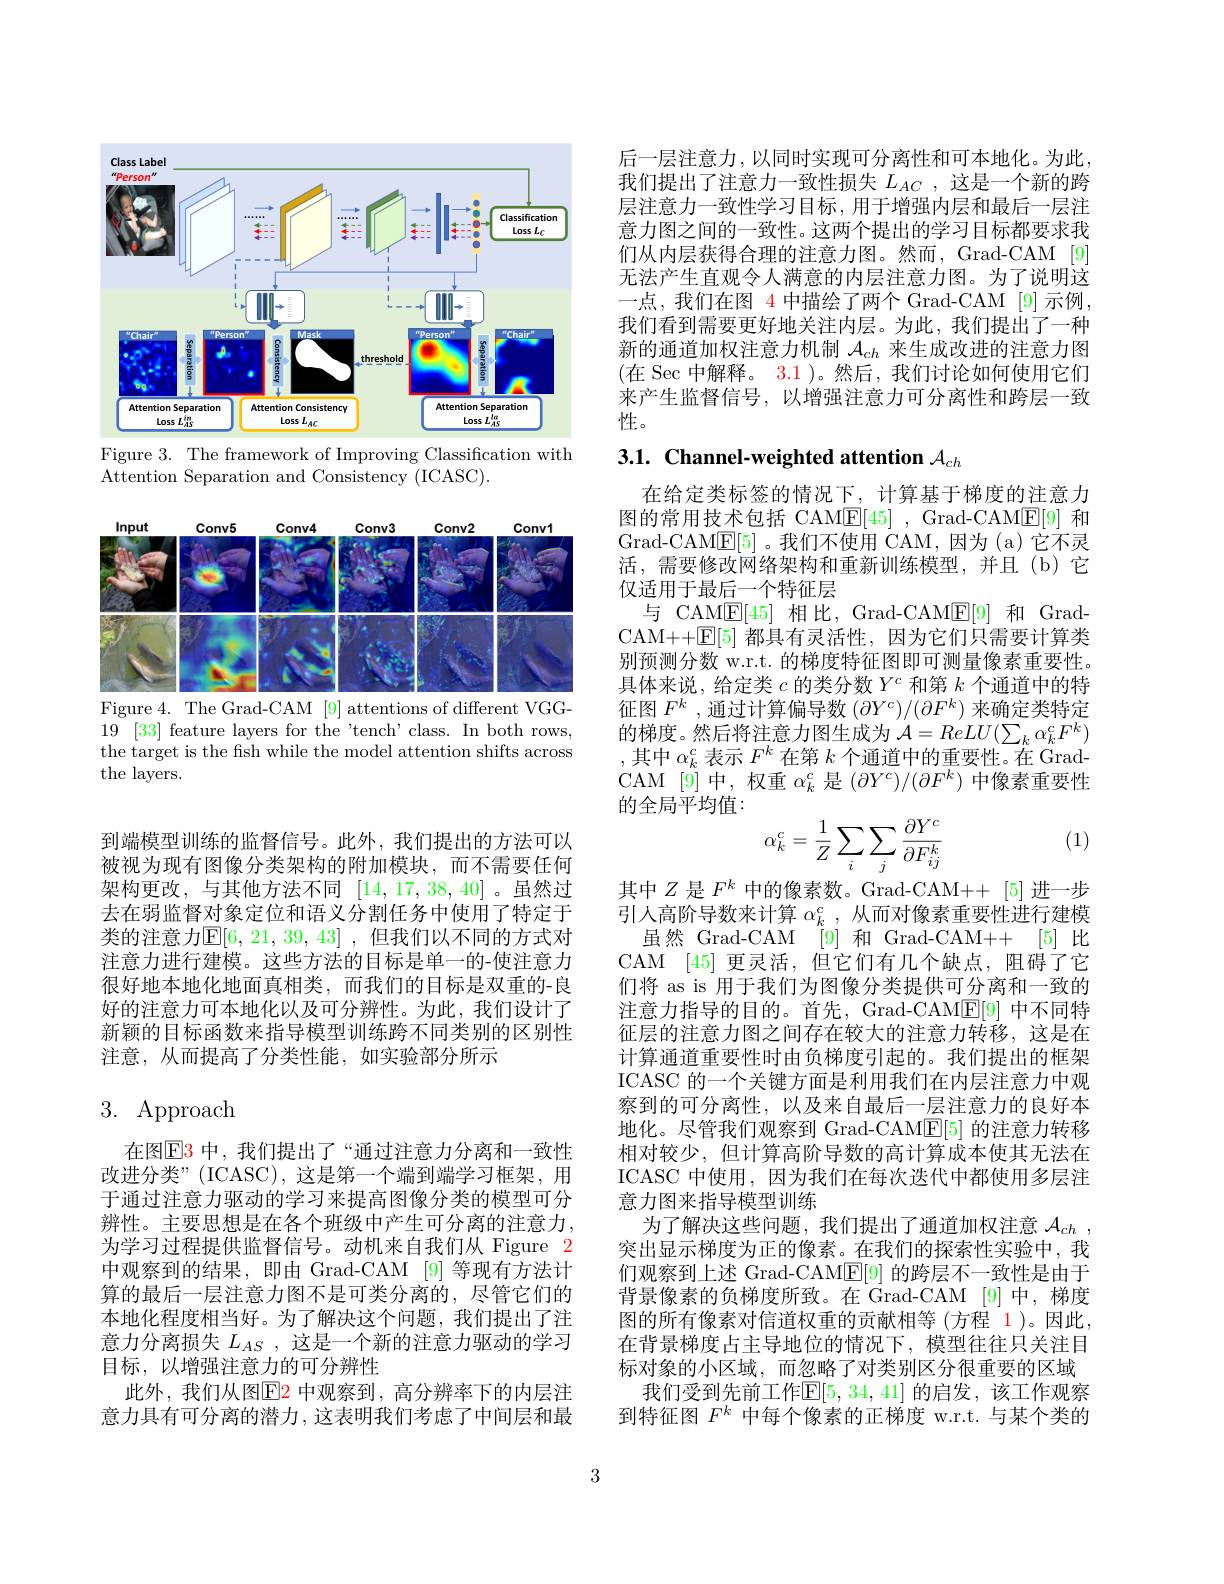
<FigureHere>

Figure 3. The framework of Improving Classification with
$\bar{\text{Attention Separation and Consistency (ICASC)}}.$

<FigureHere>
Figure 4. The Grad-CAM [9] attentions of different VGG-

19 [33] feature layers for the 'tench'class. In both rows, the target is the fish while the model attention shifts across the layers.

到端模型训练的监督信号。此外，我们提出的方法可以被视为现有图像分类架构的附加模块，而不需要任何架构更改，与其他方法不同[14,17,38,40] 。虽然过去在弱监督对象定位和语义分割任务中使用了特定于类的注意力$\overline{\mathrm{E}}[6,21,39,43]$ ,但我们以不同的方式对注意力进行建模。这些方法的目标是单一的-使注意力很好地本地化地面真相类，而我们的目标是双重的-良好的注意力可本地化以及可分辨性。为此，我们设计了新颖的目标函数来指导模型训练跨不同类别的区别性注意，从而提高了分类性能，如实验部分所示

# 3. Approach

在图$\overline{\mathrm{E}}3$ 中，我们提出了“通过注意力分离和一致性改进分类”(ICASC),这是第一个端到端学习框架，用于通过注意力驱动的学习来提高图像分类的模型可分辨性。主要思想是在各个班级中产生可分离的注意力， 为学习过程提供监督信号。动机来自我们从 Figure 2中观察到的结果，即由 Grad-CAM [9]等现有方法计算的最后一层注意力图不是可类分离的，尽管它们的本地化程度相当好。为了解决这个问题，我们提出了注意力分离损失$L_{AS}$ ,这是一个新的注意力驱动的学习目标，以增强注意力的可分辨性
此外，我们从图$\color{red}{\mathrm{E2}}$ 中观察到，高分辨率下的内层注意力具有可分离的潜力，这表明我们考虑了中间层和最

后一层注意力，以同时实现可分离性和可本地化。为此我们提出了注意力一致性损失$L_{AC}$ ,这是一个新的跨层注意力一致性学习目标，用于增强内层和最后一层注意力图之间的一致性。这两个提出的学习目标都要求我们从内层获得合理的注意力图。然而，Grad-CAM[9] 无法产生直观令人满意的内层注意力图。为了说明这一点，我们在图 4 中描绘了两个 Grad-CAM [9] 示例， 我们看到需要更好地关注内层。为此，我们提出了一种新的通道加权注意力机制$\mathcal{A}_{ch}$来生成改进的注意力图(在 Sec 中解释。3.1 )。然后，我们讨论如何使用它们来产生监督信号，以增强注意力可分离性和跨层一致性。

# 3.1. Channel-weighted attention $\mathcal{A}_ch$

在给定类标签的情况下，计算基于梯度的注意力图的常用技术包括 CAM$\underline{\mathrm{E}}[45]$, Grad-CAM$\underline{\mathrm{E}}[9]$和Grad-CAM$\underline{\mathrm{E}}[5]$。我们不使用 CAM,因为(a)它不灵活，需要修改网络架构和重新训练模型，并且(b)它仅适用于最后一个特征层
与 CAM$\underline{\mathrm{E}}[45]$相比，Grad-CAM$\underline{\mathrm{E}}[9]$和 GradCAM++E[ 5] 都具有灵活性，因为它们只需要计算类别预测分数 w.r.t. 的梯度特征图即可测量像素重要性。具体来说，给定类$c$的类分数$Y^c$和第$k$个通道中的特征图$F^k$ ,通过计算偏导数$(\partial Y^c)/(\partial F^k)$来确定类特定的梯度。然后将注意力图生成为$\mathcal{A}=ReLU(\sum_k\alpha_k^cF^k)$ ,其中$\alpha_k^c$表示$F^k$在第$k$个通道中的重要性。在 GradCAM [9]中，权重$\alpha_k^c$是$(\partial Y^c)/(\partial F^k)$中像素重要性的全局平均值：
$$\alpha_k^c=\frac{1}{Z}\sum_i\sum_j\frac{\partial Y^c}{\partial F_{ij}^k}$$
(1)

其中$Z$是$F^k$中的像素数。Grad-CAM++ [5]进一步引人高阶导数来计算$\alpha_k^c$,从而对像素重要性进行建模
虽然 Grad-CAM [9] 和 Grad-CAM++ [5]比CAM [45]更灵活，但它们有几个缺点，阻碍了它们将 as is 用于我们为图像分类提供可分离和一致的注意力指导的目的。首先，Grad-CAM$\underline{\mathrm{E}}[9]$中不同特征层的注意力图之间存在较大的注意力转移，这是在计算通道重要性时由负梯度引起的。我们提出的框架ICASC 的一个关键方面是利用我们在内层注意力中观察到的可分离性，以及来自最后一层注意力的良好本地化。尽管我们观察到 Grad-CAME[5] 的注意力转移相对较少，但计算高阶导数的高计算成本使其无法在ICASC 中使用，因为我们在每次迭代中都使用多层注意力图来指导模型训练
为了解决这些问题，我们提出了通道加权注意$\mathcal{A} _{ch}$ , 突出显示梯度为正的像素。在我们的探索性实验中，我们观察到上述 Grad-CAM$\boxed{\mathrm{E}}[9]$的跨层不一致性是由于背景像素的负梯度所致。在 Grad-CAM [9]中，梯度图的所有像素对信道权重的贡献相等 (方程 1)。因此， 在背景梯度占主导地位的情况下，模型往往只关注目标对象的小区域，而忽略了对类别区分很重要的区域
我们受到先前工作$\mathbb{E}[5,34,41]$ 的启发，该工作观察到特征图$F^k$中每个像素的正梯度 w.r.t.与某个类的

3